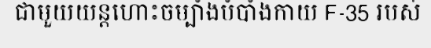
ជាមួយយន្តហោះចម្បាំងបំបាំងកាយ F-35 របស់